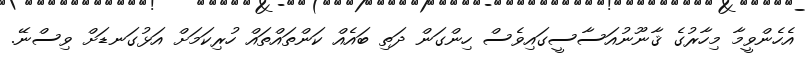
އެހެންވީމާ މިހާރުގެ ޤާނޫނުއަސާސީގައިވެސް ހިންގަން ދަތި ބައެއް ކަންތައްތައް ހުރިކަމަށް އަޅުގަނޑަށް ވިސްނޭ.